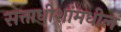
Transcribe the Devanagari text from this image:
सत्ताधीशांमधील